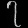
Digit: ၇